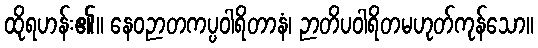
ထိုရဟန်း၏။ နေဝဉာတကပ္ပဝါရိတာနံ၊ ဉာတိပဝါရိတမဟုတ်ကုန်သော။